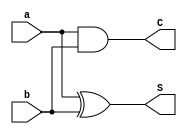
module half_adder (
  input a ,
  input b ,
  output S,
  output C
);

 assign S = a ^ b;
 assign C = a & b;
endmodule